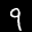
Label: 9